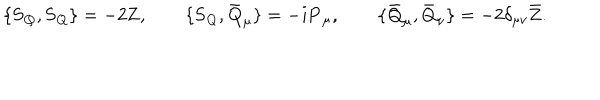
\{ \mathbf { S } _ { Q } , \mathbf { S } _ { Q } \} = - 2 \mathbf { Z } , \qquad \{ \mathbf { S } _ { Q } , \mathbf { \bar { Q } } _ { \mu } \} = - i \mathbf { P } _ { \mu } , \qquad \{ \mathbf { \bar { Q } } _ { \mu } , \mathbf { \bar { Q } } _ { \nu } \} = - 2 \delta _ { \mu \nu } \mathbf { \bar { Z } } .